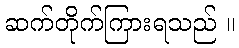
ဆက်တိုက်ကြားရသည် ။